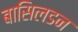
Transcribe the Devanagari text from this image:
बासिलडन